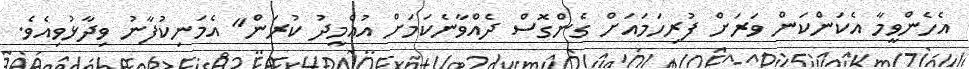
އެހެންވީމާ އެކަންކަން ވަރަށް ފުރިހަމައަށް ގެންގޮސް ދެއްވާނެކަމަށް އުއްމީދު ކުރަން" އެމަނިކުފާނު ވިދާޅުވިއެވެ.